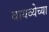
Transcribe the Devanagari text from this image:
वायव्येच्या